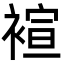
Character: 䙋